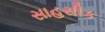
સાહસીક